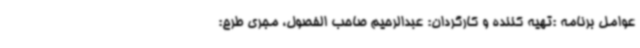
عوامل برنامه :تهیه کننده و کارگردان: عبدالرحیم صاحب الفصول، مجری طرح: